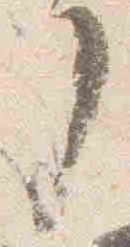
了